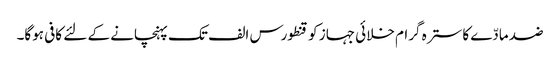
ضد مادّے کا سترہ گرام خلائی جہاز کو قنطورس الف تک پہنچانے کے لئے کافی ہوگا۔